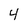
Character: 4